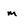
Character: m